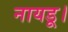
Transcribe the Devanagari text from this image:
नायडू।